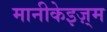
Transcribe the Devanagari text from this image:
मानीकेइज़्म